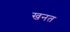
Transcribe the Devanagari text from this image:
खनत